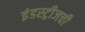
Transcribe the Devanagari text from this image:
इंडस्ट्रीजची